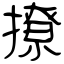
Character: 撩